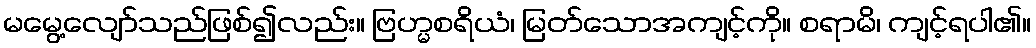
မမွေ့လျော်သည်ဖြစ်၍လည်း။ ဗြဟ္မစရိယံ၊ မြတ်သောအကျင့်ကို။ စရာမိ၊ ကျင့်ရပါ၏။